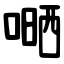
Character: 嗮